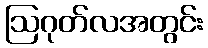
ဩဂုတ်လအတွင်း